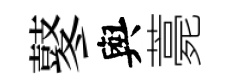
鼕與薧